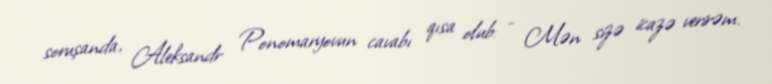
soruşanda, Aleksandr Ponomaryovun cavabı qısa olub: - Mən sizə icazə verirəm.